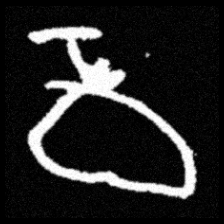
Pyu character \u2014 Myanmar letter: ဝ (romanized: wa)